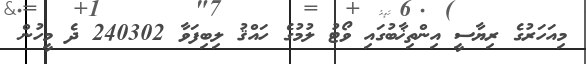
މިއަހަރުގެ ރިޔާސީ އިންތިޚާބުގައި ވޯޓު ލުމުގެ ހައްޤު ލިބިފަވާ 240302 ދެ މީހުން